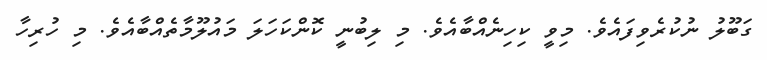
ގަބޫލު ނުކުރެވިފައެވެ. މިވީ ކިހިނެއްބާއެވެ. މި ލިބުނީ ކޮންކަހަލަ މައުލޫމާތެއްބާއެވެ. މި ހުރިހާ